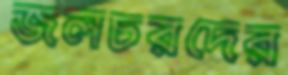
জলচরদের